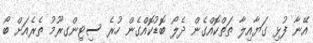
އޭނާ ފުޅި ގަޔާއިލާ ތަތްކޮއްގެން ދެލޯ ބޮޑުކޮއްގެން ހުރެ ސިޓިންގރޫމު ތެރެއަށް ބޯ